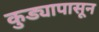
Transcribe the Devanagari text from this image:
कुड्यापासून